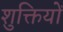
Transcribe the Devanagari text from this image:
शुक्तियों